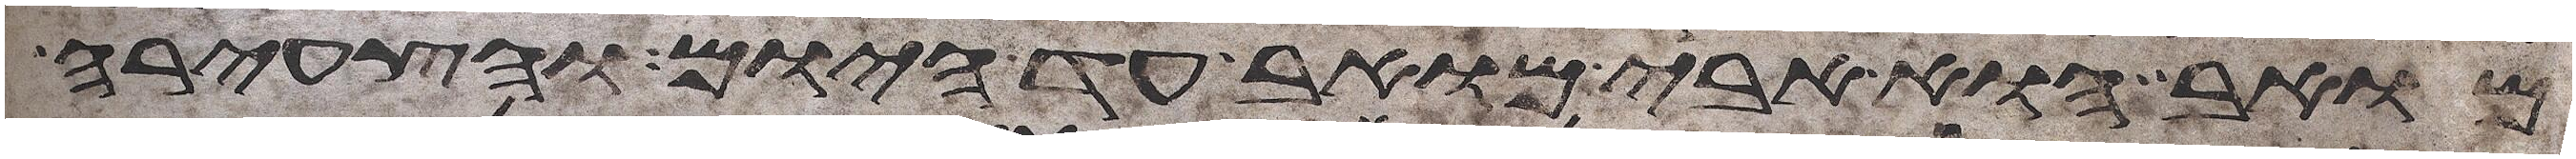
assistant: מואב הוא אבי מואב עד היום והצעירה